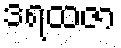
ဒရထဇာ